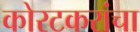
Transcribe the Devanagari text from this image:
कोरटकरांचा